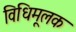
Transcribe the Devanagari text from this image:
विधिमूलक